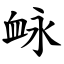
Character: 䘑